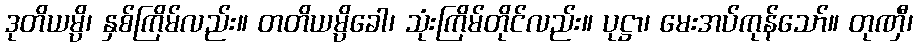
ဒုတိယမ္ပိ၊ နှစ်ကြိမ်လည်း။ တတိယမ္ပိခေါ၊ သုံးကြိမ်တိုင်လည်း။ ပုဋ္ဌာ၊ မေးအပ်ကုန်သော်။ တုဏှီ၊